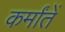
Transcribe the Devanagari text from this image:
कर्मांतें